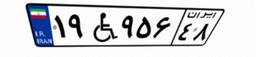
۱۹W۹۵۶۴۸